Papers set at the Examination for Leaving Certificates, 1889
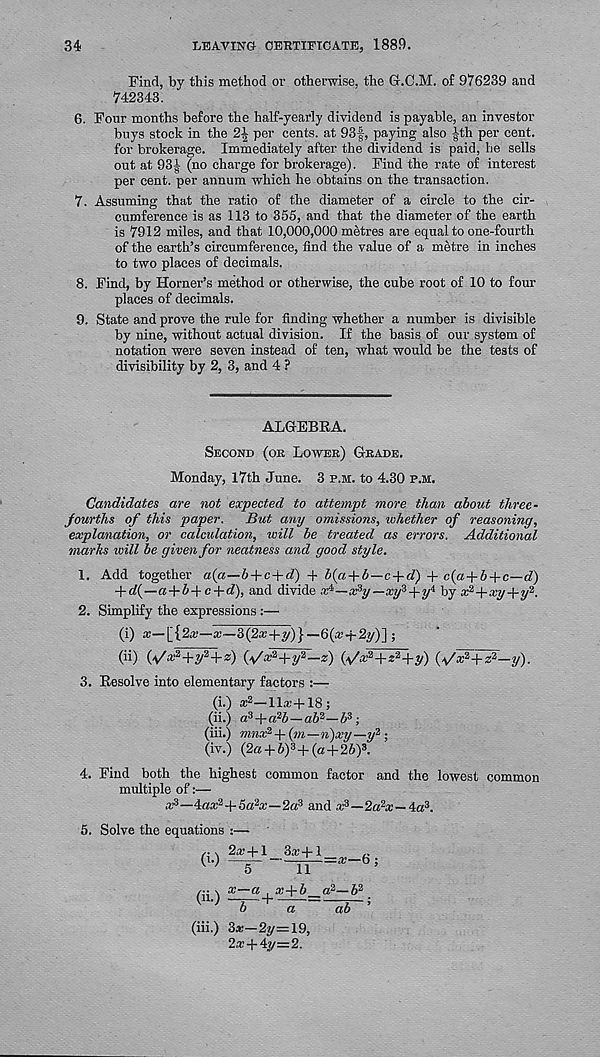
34
LEAVING CERTIFICATE, 1889.
Find, by this method or otherwise, the Gr.C.M. of 976239 and
742343.
6. Four months before the half-yearly dividend is payable, an investor
buys stock in the 21 per cents, at 93f, paying also Jth per cent,
for brokerage. Immediately after the dividend is paid, he sells
out at 93^ (no charge for brokerage). Find the rate of interest
per cent, per annum which he obtains on the transaction.
7. Assuming that the ratio of the diameter of a circle to the cir-
cumference is as 113 to 355, and that the diameter of the earth
is 7912 miles, and that 10,000,000 metres are equal to one-fourth
of the earth’s circumference, find the value of a metre in inches
to two places of decimals.
8. Find, by Horner’s method or otherwise, the cube root of 10 to four
places of decimals.
9. State and prove the rule for finding whether a number is divisible
by nine, without actual division. If the basis of our system of
notation were seven instead of ten, what would be the tests of
divisibility by 2, 3, and 4 ?
ALGEBRA.
Second (oe Lower) Grade.
Monday, 17th June. 3 p.m. to 4.30 p.m.
Candidates are not expected to attempt more than about three-
fourths of this paper. But any omissions, whether of reasoning,
explanation, or calculation, will be treated as errors. Additional
marks will be given for neatness and good style.
1. Add together a(a—b + c+d) + b{a-\-b—c + d) + c{a + b+c—d)
a + S-l-c + rf), and divide —xhy—xif + if by x 2 +xy+y 2 .
2. Simplify the expressions :—
(i) x—[{2a;—x—3(2x+y)}—6(x+2y)~\ ;
(ii) Wx^+y^ + z) (/fx^+yi—z)
+
{/fx^+zl—y).
3. Resolve into elementary factors :—
(i.) a 2 —11*+18;
(ii.) a s + alh — ai 2 —5 3 ;
(iii.) mnx 2, + (?«—n)xy —y 2, ;
(iv.) (2a + 6) 3 + (a+26) 3 .
4. Find both the highest common factor and the lowest common
multiple of:—
*3—4a* 3 +5a 2 a;—2a 3 and * 3 —2a 2 *—4a 3 .
5. Solve the equations ;—
('•)
2* + l 3*+l
^
__ ~ p[
x—b
lii 1 x~a tX+b _d 2 ‘—b' l j
b
a
ab ’
(iii.) 3*—2y=19,
2*+4y=2.